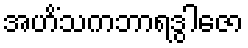
အဟိံသကဘာရဒွါဇော